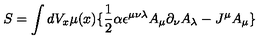
S = \int d V _ { x } \mu ( x ) \lbrace \frac { 1 } { 2 } \alpha \epsilon ^ { \mu \nu \lambda } A _ { \mu } \partial _ { \nu } A _ { \lambda } - J ^ { \mu } A _ { \mu } \rbrace